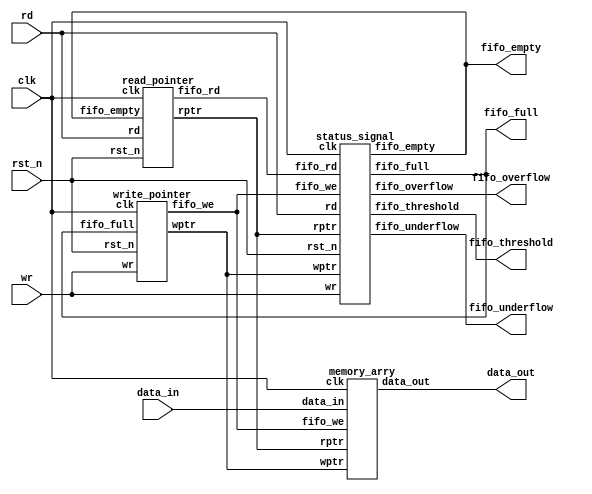
module fifo_mem(data_out,fifo_full,fifo_empty,fifo_threshold, fifo_overflow, fifo_underflow, clk, rst_n, wr, rd, data_in);
	input[7:0] data_in;
	input clk,rst_n,wr,rd;
	output [7:0] data_out;
	output fifo_full, fifo_empty, fifo_threshold, fifo_overflow, fifo_underflow;
	wire [4:0] wptr,rptr;
	wire fifo_we, fifo_rd;
	write_pointer top1(wptr,fifo_we,wr,fifo_full,clk,rst_n);  
  	read_pointer top2(rptr,fifo_rd,rd,fifo_empty,clk,rst_n);
	memory_arry top3(data_out,data_in,clk,fifo_we,wptr,rptr);
	status_signal top4(fifo_full, fifo_empty, fifo_threshold, fifo_overflow, fifo_underflow, wr, rd, fifo_we, fifo_rd, wptr,rptr,clk,rst_n);
endmodule

module memory_arry(data_out,data_in,clk,fifo_we,wptr,rptr);
	input [7:0] data_in;
	input clk,fifo_we;
	input [4:0] wptr,rptr;
	output [7:0] data_out;
	reg[7:0] data_out2[15:0];  
  	wire[7:0] data_out;
	always @(posedge clk)
		begin
			if(fifo_we)
				data_out2[wptr[3:0]] <= data_in;
		end
	assign data_out = data_out2[rptr[3:0]];
endmodule


module read_pointer(rptr, fifo_rd, rd, fifo_empty, clk, rst_n);
	input rd, fifo_empty, clk, rst_n;
	output[4:0] rptr;
	output fifo_rd;
	reg [4:0] rptr;
	assign fifo_rd = rd&(~fifo_empty);
	always @(posedge clk or negedge rst_n) begin
		if (~rst_n) begin
			// reset
			rptr <=5'b00000;
		end
		else if (fifo_rd) begin
			rptr <=rptr + 5'b00001;
		end
		else begin
			rptr <=rptr;
		end
	end
endmodule

module write_pointer(wptr,fifo_we,wr,fifo_full,clk,rst_n);
	input wr,fifo_full,clk,rst_n;
	output [4:0] wptr;
	output fifo_we;
	reg [4:0] wptr;
	wire fifo_we;
	assign fifo_we = wr&(~fifo_full);
	always @(posedge clk or negedge rst_n) begin
		if (~rst_n) begin
			// reset
			wptr <= 5'b00000;
		end
		else if (fifo_we) begin
			wptr <= wptr + 5'b00001;
		end
		else 
			wptr <= wptr;
	end
endmodule

module status_signal(fifo_full, fifo_empty, fifo_threshold, fifo_overflow, fifo_underflow, wr, rd, fifo_we, fifo_rd, wptr, rptr, clk, rst_n);
	input wr, rd, fifo_we, fifo_rd, clk, rst_n;
	input [4:0] wptr,rptr;
	output fifo_full, fifo_empty, fifo_threshold, fifo_overflow, fifo_underflow;
	wire fbit_comp, overflow_set, underflow_set;  
  	wire pointer_equal;  
 	wire[4:0] pointer_result;  
  	reg fifo_full, fifo_empty, fifo_threshold, fifo_overflow, fifo_underflow;
	assign fbit_comp = wptr[4]^rptr[4];
	assign  pointer_equal = (wptr[3:0] - rptr[3:0]) ?0:1;
	assign  pointer_result = wptr[4:0] - rptr[4:0];
	assign overflow_set = fifo_full & wr;
	assign underflow_set = fifo_empty & rd;
	always @(*)
		begin
			fifo_full = fbit_comp & pointer_equal;
			fifo_empty = (~fbit_comp) & pointer_equal;
			fifo_threshold = (pointer_result[4] || pointer_result[3]) ? 1:0;
		end
	always @(posedge clk or negedge rst_n) begin
		if (~rst_n) begin
			// reset
			fifo_overflow <=0;
		end
		else if ((overflow_set==1)&&(fifo_rd==0)) begin
			fifo_overflow <=1;
		end
		else  if (fifo_rd)
			fifo_overflow <=0;
		else
			fifo_overflow <=fifo_overflow;
	end

	always @(posedge clk or negedge rst_n) begin
		if (~rst_n) begin
			// reset
			fifo_underflow <=0;
		end
		else if ((underflow_set==1)&&(fifo_we==0)) begin
			fifo_underflow <=1;
		end
		else  if (fifo_we)
			fifo_underflow <=0;
		else
			fifo_underflow <=fifo_underflow;
	end
endmodule